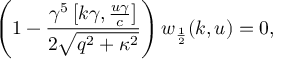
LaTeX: \left( 1 - \frac { \gamma ^ { 5 } \left[ k \gamma , \frac { u \gamma } { c } \right] } { 2 \sqrt { q ^ { 2 } + \kappa ^ { 2 } } } \right) w _ { \frac { 1 } { 2 } } ( k , u ) = 0 ,